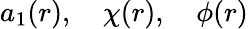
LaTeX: a_{1}(r),\quad\chi(r),\quad\phi(r)